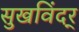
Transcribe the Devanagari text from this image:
सुखविंदर्